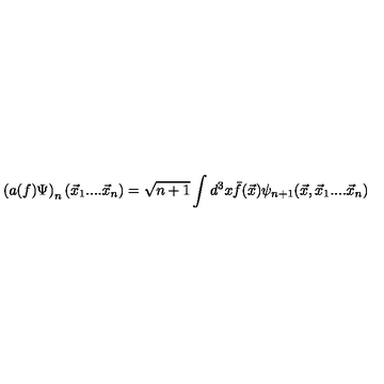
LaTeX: \left( a ( f ) \Psi \right) _ { n } ( \vec { x } _ { 1 } . . . . \vec { x } _ { n } ) = \sqrt { n + 1 } \int d ^ { 3 } x \bar { f } ( \vec { x } ) \psi _ { n + 1 } ( \vec { x } , \vec { x } _ { 1 } . . . . \vec { x } _ { n } )